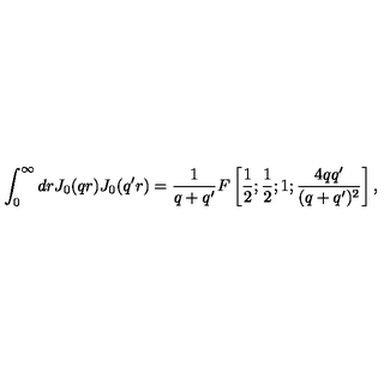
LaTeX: \int _ { 0 } ^ { \infty } d r J _ { 0 } ( q r ) J _ { 0 } ( q ^ { \prime } r ) = \frac 1 { q + q ^ { \prime } } F \left[ \frac 1 { 2 } ; \frac 1 { 2 } ; 1 ; \frac { 4 q q ^ { \prime } } { ( q + q ^ { \prime } ) ^ { 2 } } \right] ,